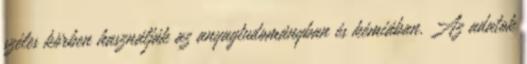
széles körben használják az anyagtudományban és kémiában. Az adatok